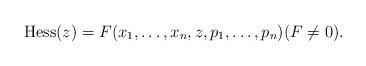
LaTeX: \begin{gather*}\mathrm{Hess}(z) = F(x_1, \dots, x_n, z, p_1, \dots, p_n)(F\not=0).\end{gather*}